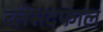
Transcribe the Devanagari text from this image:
ब्लेसदफाल